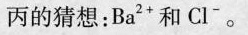
丙的猜想：Ba^{2+}和Cl^{-}。